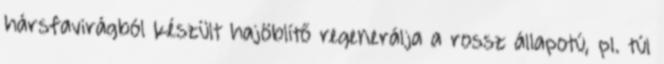
hársfavirágból készült hajöblítő regenerálja a rossz állapotú, pl. túl